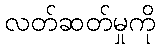
လတ်ဆတ်မှုကို